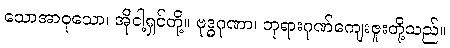
သောအာဝုသော၊ အိုငါ့ရှင်တို့။ ဗုဒ္ဓဂုဏာ၊ ဘုရားဂုဏ်ကျေးဇူးတို့သည်။